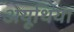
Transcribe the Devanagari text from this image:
अयूथिया